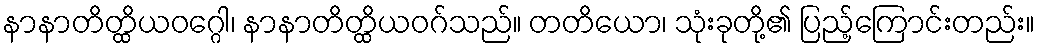
နာနာတိတ္ထိယဝဂ္ဂေါ၊ နာနာတိတ္ထိယဝဂ်သည်။ တတိယော၊ သုံးခုတို့၏ ပြည့်ကြောင်းတည်း။